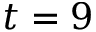
t = 9